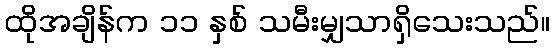
ထိုအချိန်က ၁၁ နှစ် သမီးမျှသာရှိသေးသည်။